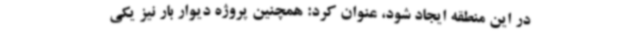
در این منطقه ایجاد شود، عنوان کرد: همچنین پروژه دیوار بار نیز یکی